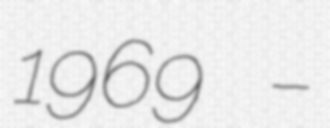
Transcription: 1969 –